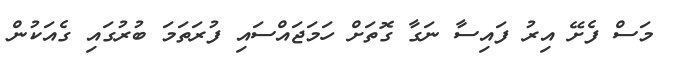
މަސް ފެށޭ އިރު ފައިސާ ނަގާ ގޮތަށް ހަމަޖައްސައި ފުރަތަމަ ބުރުގައި ގެއަކުން